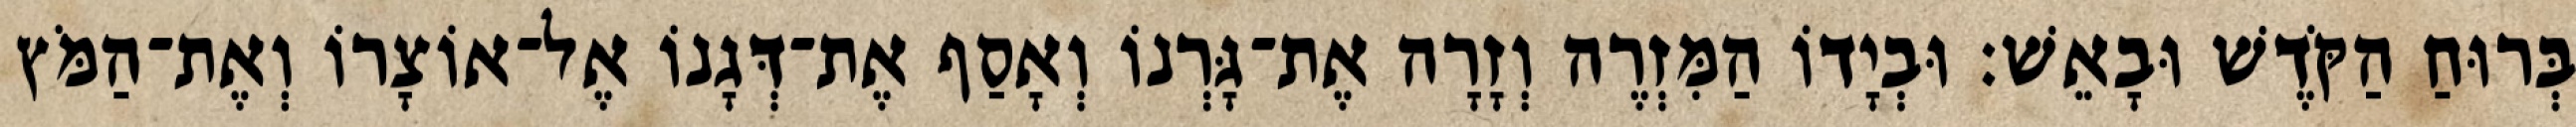
בְּרוּחַ הַקֹּדֶשׁ וּבָאֵשׁ׃ וּבְיָדוֹ הַמִּזְרֶה וְזָרָה אֶת־גָּרְנוֹ וְאָסַף אֶת־דְּגָנוֹ אֶל־אוֹצָרוֹ וְאֶת־הַמֹּץ